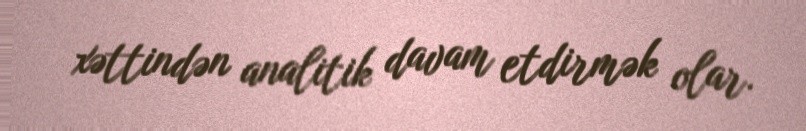
xəttindən analitik davam etdirmək olar.